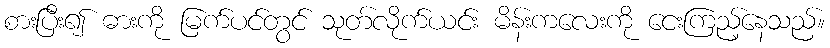
စားပြီး၍ ဓားကို မြက်ပင်တွင် သုတ်လိုက်ယင်း မိန်းကလေးကို ငေးကြည့်နေသည်။